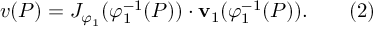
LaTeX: v ( P ) = J _ { \varphi _ { 1 } } ( \varphi _ { 1 } ^ { - 1 } ( P ) ) \cdot { \mathbf { v } } _ { 1 } ( \varphi _ { 1 } ^ { - 1 } ( P ) ) . \qquad ( 2 )